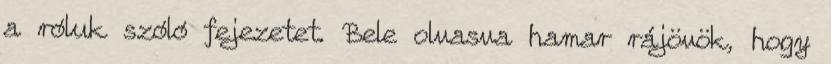
a róluk szóló fejezetet. Bele olvasva hamar rájövök, hogy